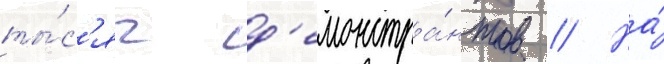
ты́с'яч д'емонстра́нтов // На́